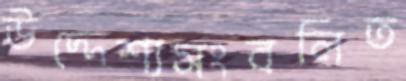
উদ্দেশ্যসংবলিত